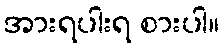
အားရပါးရ စားပါ။